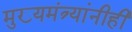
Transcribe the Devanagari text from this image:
मुख्यमंत्र्यांनीही